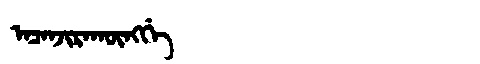
Manchu: ᠠᠴᠠᠨᠵᡳᡵᠠᡴᡡᠩᡤᡝ
Romanization: ACANJIRAKŪNGGE